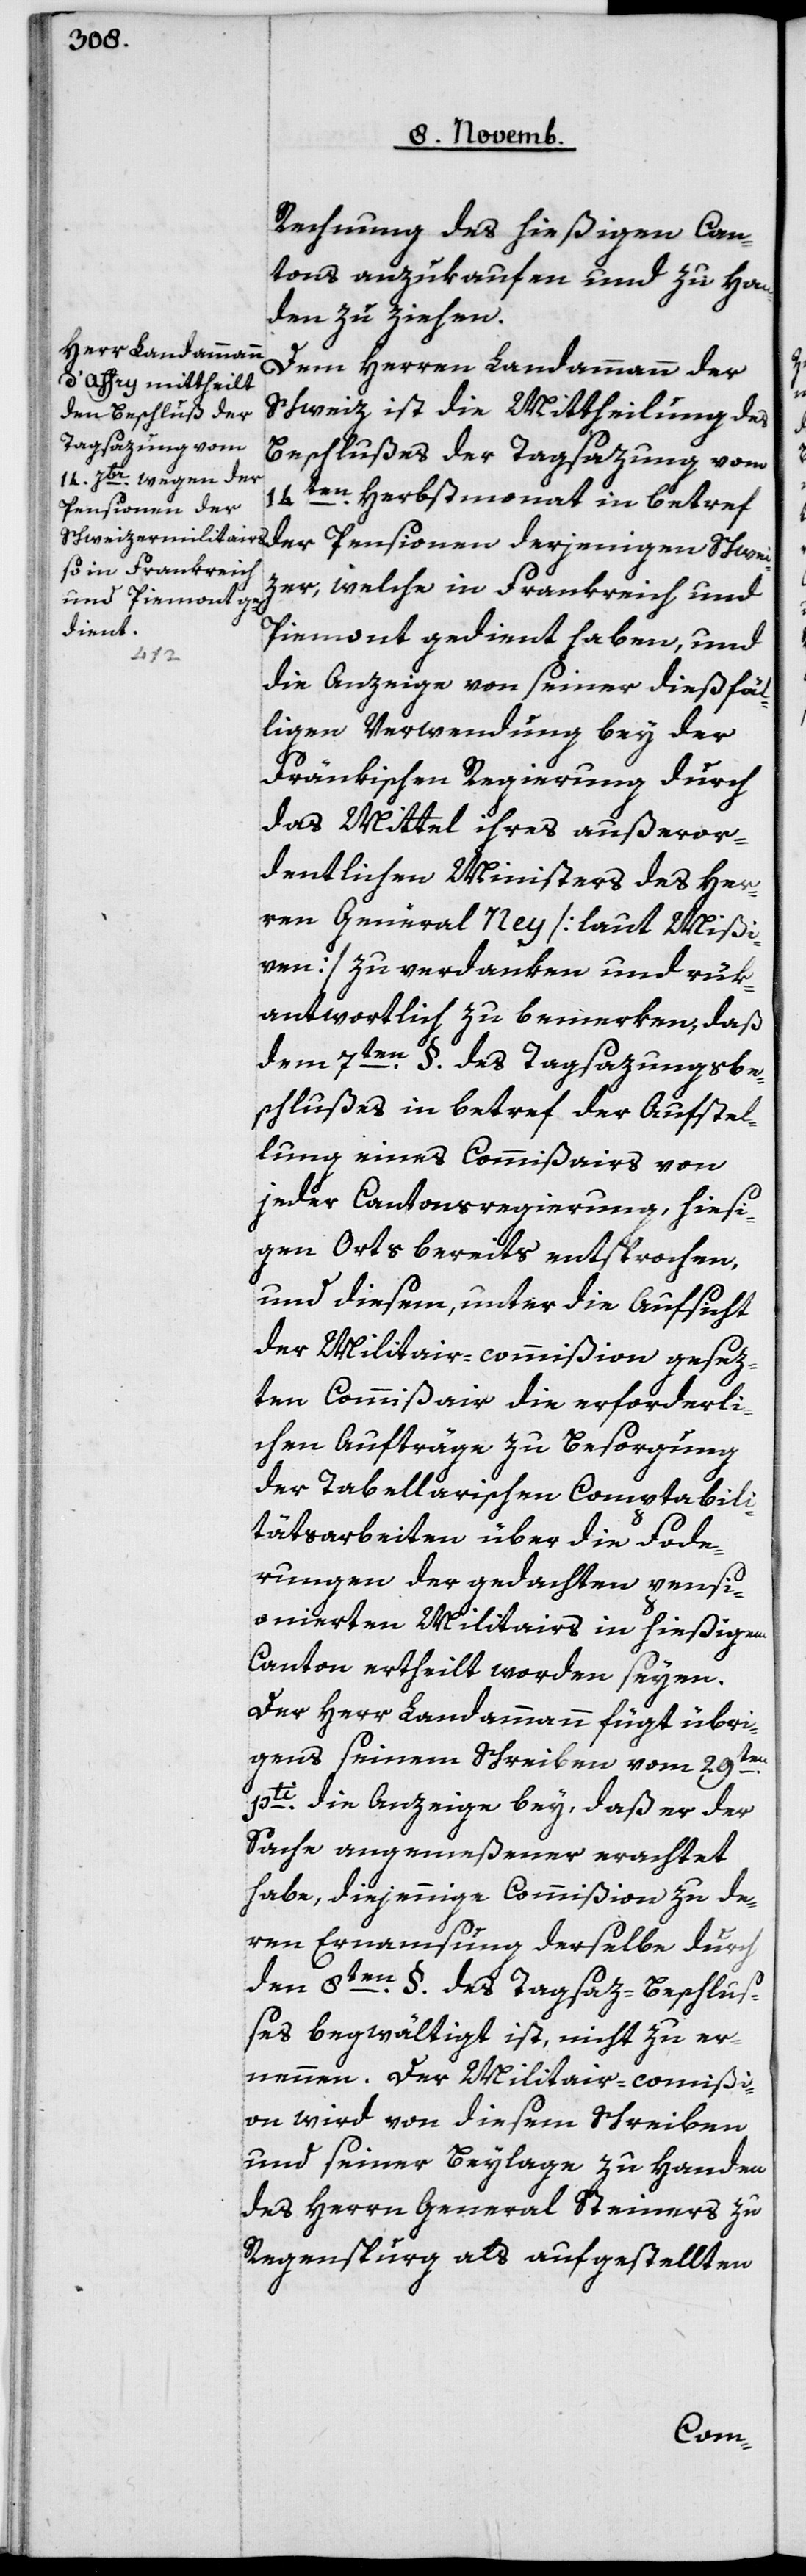
Rechnung des hießigen Can¬
tons anzukaufen und zu Han¬
den zu ziehen.
Dem Herren Landammann der
Schweiz ist in Mittheilung des
Beschlußes der Tagsazung vom
14ten Herbstmonat in Betref
der Pensionen derjenigen Schwei¬
zer, welche in Frankreich und
Piemont gedient haben, und
die Anzeige von seiner dießfäl¬
ligen Verwendung bey der
Fränkischen Regierung durch
das Mittel ihres außeror¬
dentlichen Ministers des Her¬
ren Generalen Ney [laut Mißi¬
ven] zu verdanken und rük¬
antwortlich zu bemerken, daß
dem 7ten § des Tagsazungsbe¬
schlußes in Betref der Aufstel¬
lung eines Commißairs von
jeder Cantonsregierung, hiesi¬
gen Orts bereits entsprochen,
und diesem, unter die Aufsicht
der Militair-commißion gesez¬
ten Commißair die erforderli¬
chen Aufträge zu Besorgung
der Tabellarischen Comptabili¬
tätsarbeiten über die Forde¬
rungen der gedachten pensi¬
onierten Militairs in hießigem
Canton ertheilt worden seyen.
Der Herr Landammann fügt übri¬
gens seinem Schreiben vom 29ten
pti die Anzeige bey, daß er der
Sache angemeßener erachtet
habe, diejenige Commißion zu de¬
ren Ernamsung derselbe durch
den 8ten § des Tagsaz-Beschluß¬
es begwältigt ist, nicht zu er¬
nennen. Der Militair-commißi¬
on wird von diesem Schreiben
und seiner Beylage zu Handen
des Herrn General Steiners zu
Regenspurg als aufgestellten